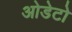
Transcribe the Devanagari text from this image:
ओडेटो